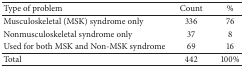
<table><thead><tr><td><b>Type of problem</b></td><td><b>Count</b></td><td><b>%</b></td></tr></thead><tbody><tr><td>Musculoskeletal (MSK) syndrome only</td><td>336</td><td>76</td></tr><tr><td>Nonmusculoskeletal syndrome only</td><td>37</td><td>8</td></tr><tr><td>Used for both MSK and Non-MSK syndrome</td><td>69</td><td>16</td></tr><tr><td>Total</td><td>442</td><td>100%</td></tr></tbody></table>